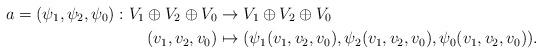
LaTeX: \begin{align*}a=(\psi_1,\psi_2,\psi_0): V_1\oplus V_2\oplus V_0 &\to V_1\oplus V_2\oplus V_0\\(v_1,v_2,v_0)&\mapsto (\psi_1(v_1,v_2,v_0),\psi_2(v_1,v_2,v_0),\psi_0(v_1,v_2,v_0)).\end{align*}